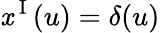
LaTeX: \mathit{x}^{\mathrm{{~I~}}}(u)=\delta(u)